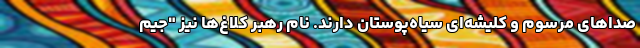
صداهای مرسوم و کلیشه‌ای سیاه‌پوستان دارند. نام رهبر کلاغ‌ها نیز "جیم